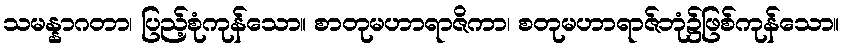
သမန္နာဂတာ၊ ပြည့်စုံကုန်သော။ စာတုမဟာရာဇိကာ၊ စတုမဟာရာဇ်ဘုံ၌ဖြစ်ကုန်သော။